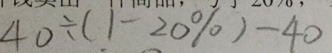
4 0 \div ( 1 - 2 0 \% ) - 4 0